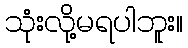
သုံးလို့မရပါဘူး။